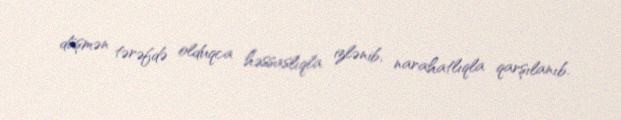
düşmən tərəfdə olduqca həssaslıqla izlənib, narahatlıqla qarşılanıb.